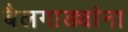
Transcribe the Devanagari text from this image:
बैलगाड्यांना